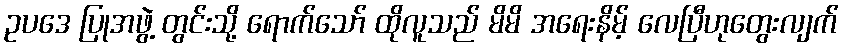
ဥပဒေ ပြုအဖွဲ့ တွင်းသို့ ရောက်သော် ထိုလူသည် မိမိ အရေးနိမ့် လေပြီဟုတွေးလျက်